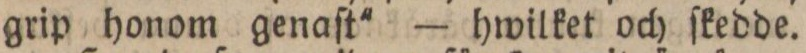
grip honom genaſt' — hwilket och ſkedde.